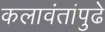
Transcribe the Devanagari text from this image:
कलावंतांपुढे